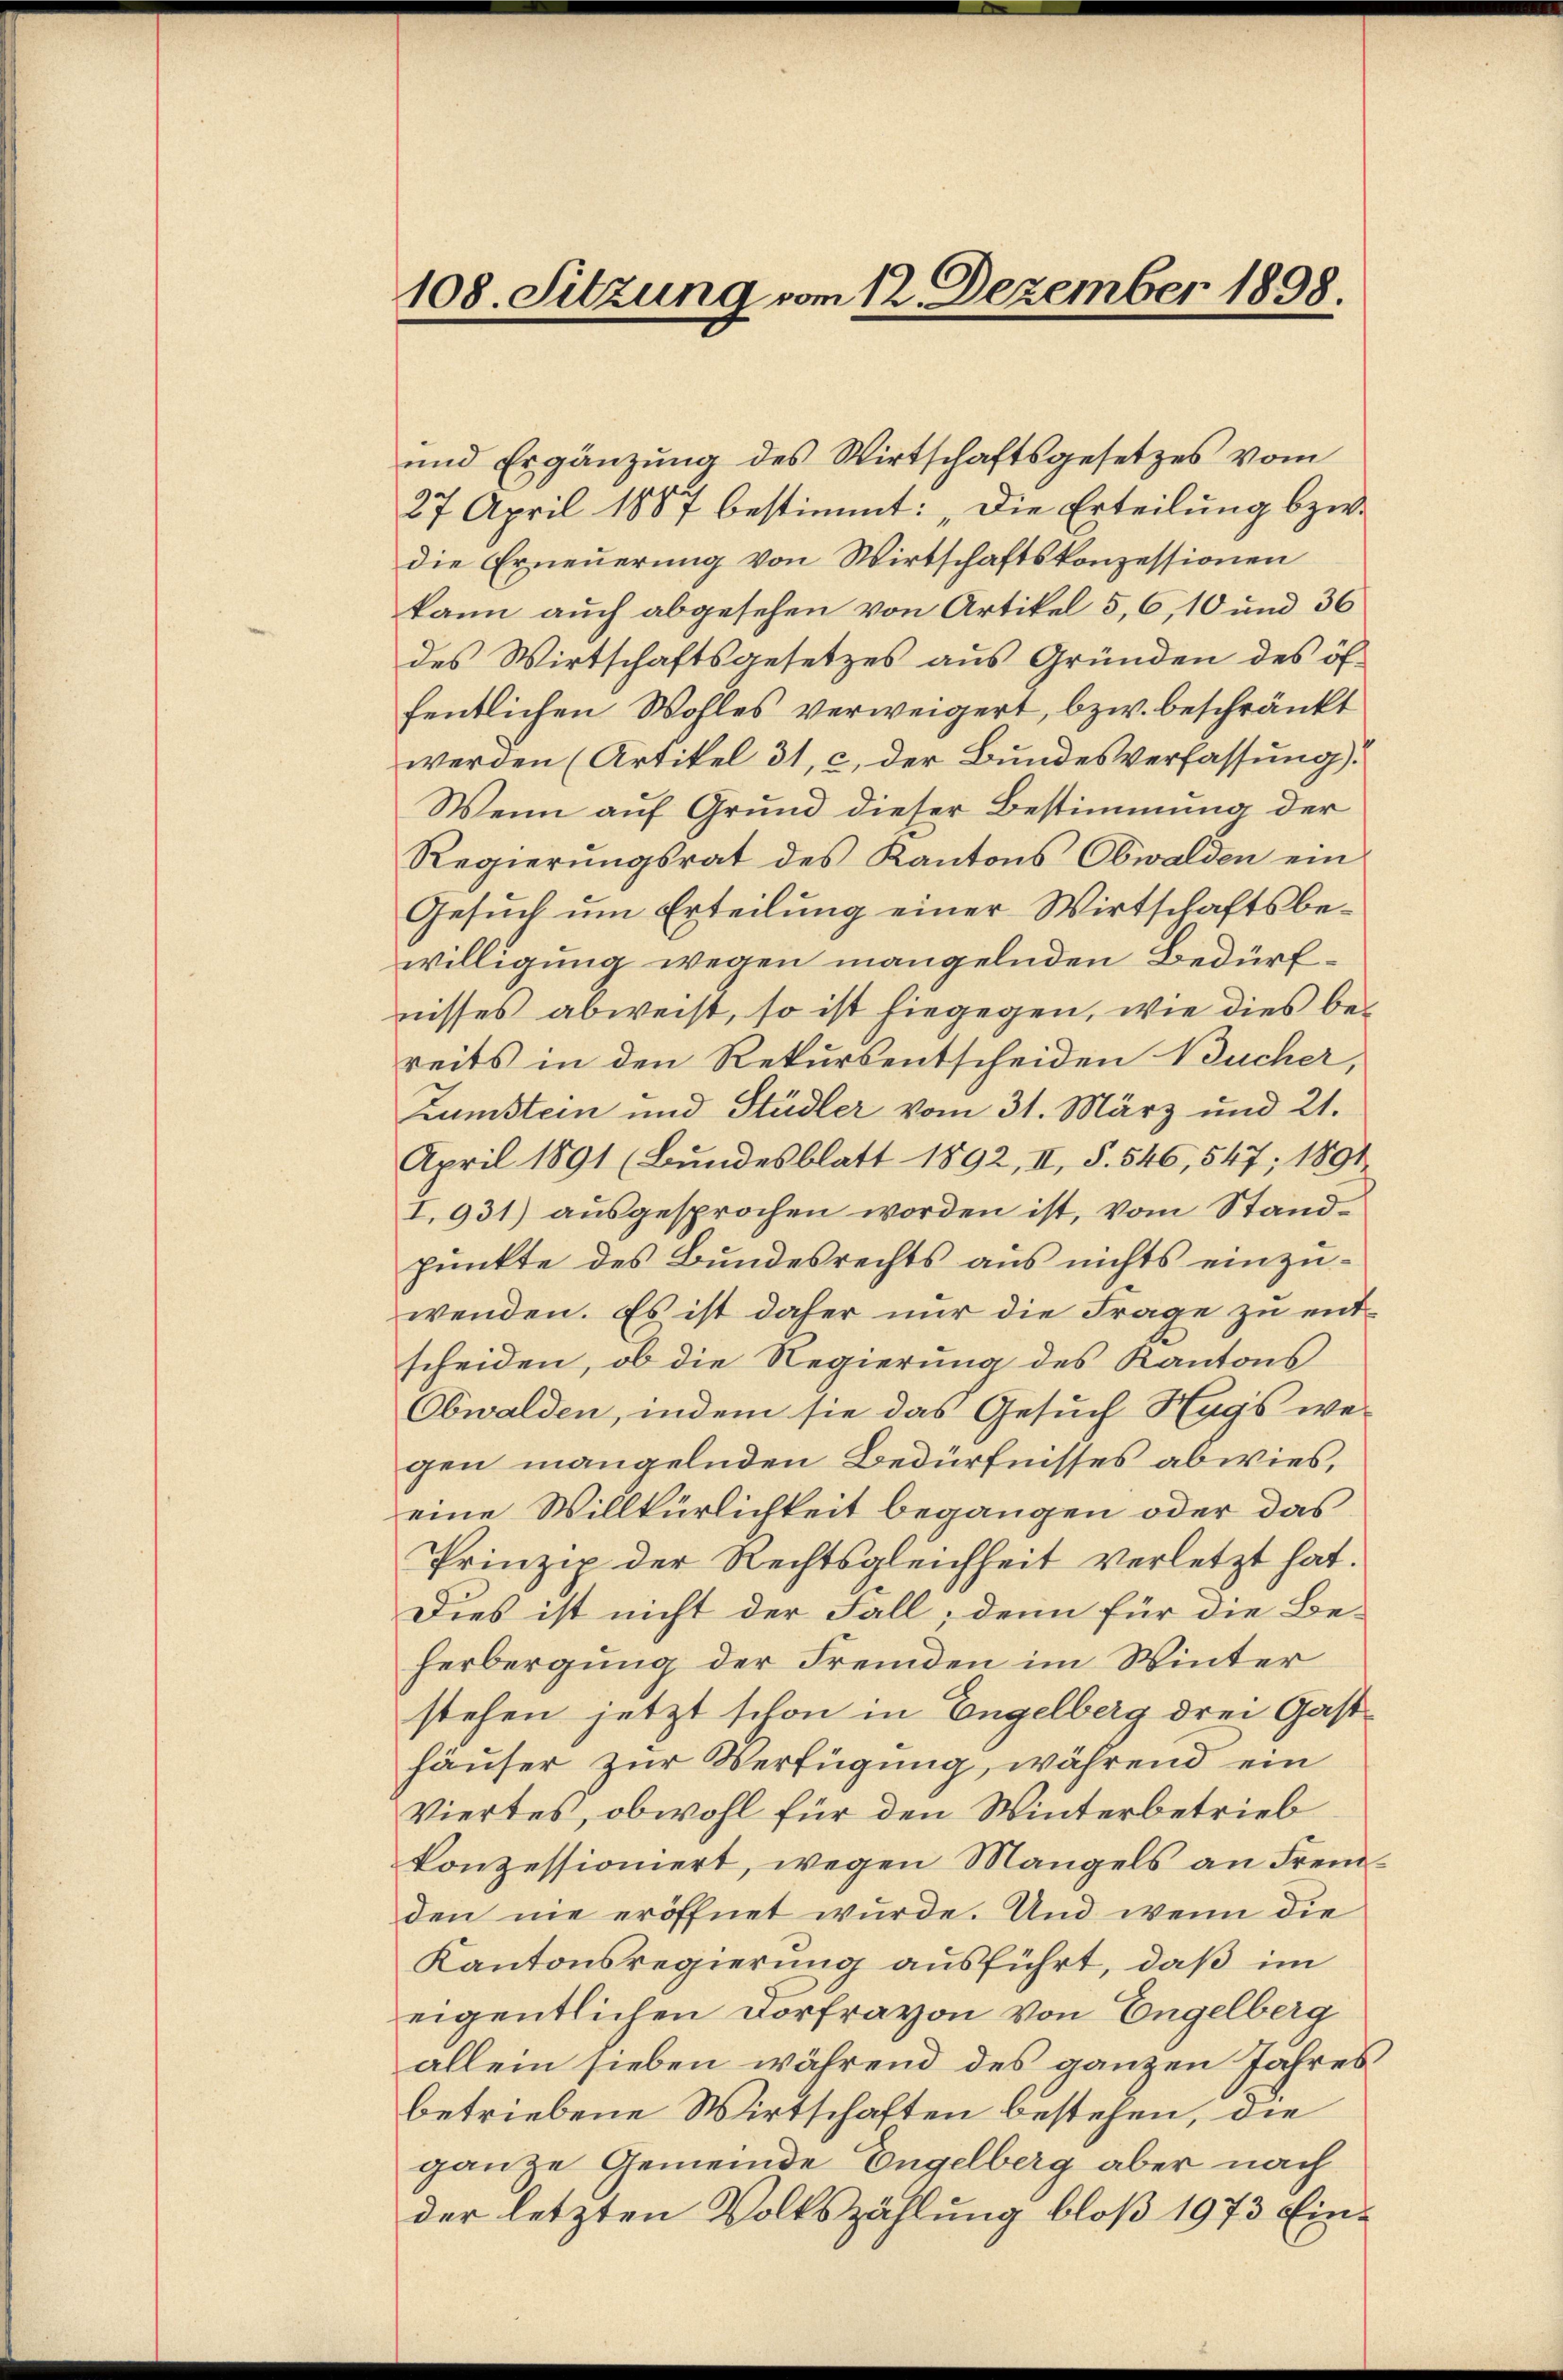
108. Sitzung vom 12. Dezember 1898.

und Ergänzung des Wirtschaftsgesetzes vom
27 April 1887 bestimmt: „Die Erteilung bzw.
die Erneuerung von Wirtschaftskonzessionen
kann auch abgesehen von Artikel 5, 6, 10 und 36
des Wirtschaftsgesetzes aus Gründen des öf-
fentlichen Wohles verweigert, bzw. beschränkt
werden (Artikel 31, c. der Bundesverfassung).
Wenn auf Grund dieser Bestimmung der
Regierungsrat des Kantons Obwalden ein
Gesuch um Erteilung einer Wirtschaftsbewilligung wegen mangelnden Bedürfnisses abweist, so ist hiegegen, wie dies bereits in den Rekursentscheiden Bucher,
Zumstein und Stadler vom 31. März und 21.
April 1891 (Bundesblatt 1892, II, S. 546, 547; 1891
I. 931) ausgesprochen worden ist, vom Standpunkte des Bundesrechts aus nichts einzuwenden. Es ist daher nur die Frage zu entscheiden, ob die Regierung des Kantons
Obwalden, indem sie das Gesuch Hags we-
gen mangelnden Bedürfnisses abwies,
eine Willkürlichkeit begangen oder das
Prinzip der Rechtsgleichheit verletzt hat.
Dies ist nicht der Fall; denn für die Be-
herbergung der Fremden im Winter
stehen jetzt schon in Engelberg drei Gasthäuser zur Verfügung, während ein
Viertes, obwohl für den Winterbetrieb
konzessioniert, wegen Mangels an Fremden nie eröffnet wurde. Und wenn die
Kantonsregierung ausführt, daß im
eigentlichen Dorfravon von Engelberg
allein sieben während des ganzen Jahresbetriebene Wirtschaften bestehen, die
ganze Gemeinde Engelberg aber nach
der letzten Volkszählung bloß 1973 Ein¬